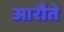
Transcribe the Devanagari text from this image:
आरौते